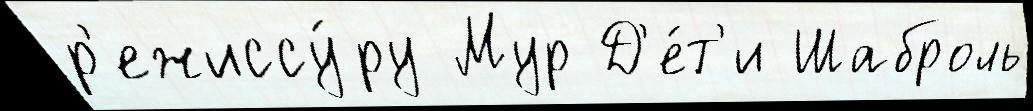
р'ежиссу́ру Мур Д'е́т'и Шаброль